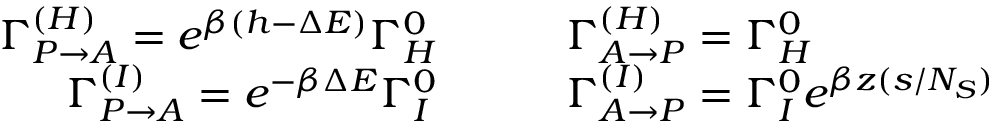
\begin{array} { r l } { \Gamma _ { P \to A } ^ { ( H ) } = e ^ { \beta ( h - \Delta E ) } \Gamma _ { H } ^ { 0 } \quad \quad } & { \Gamma _ { A \to P } ^ { ( H ) } = \Gamma _ { H } ^ { 0 } } \\ { \Gamma _ { P \to A } ^ { ( I ) } = e ^ { - \beta \Delta E } \Gamma _ { I } ^ { 0 } \quad \quad } & { \Gamma _ { A \to P } ^ { ( I ) } = \Gamma _ { I } ^ { 0 } e ^ { \beta z ( s / N _ { S } ) } } \end{array}